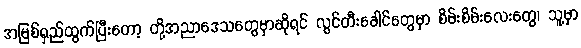
အမြစ်ရှည်ထွက်ပြီးတော့ တို့အညာဒေသတွေမှာဆိုရင် လွင်တီးခေါင်တွေမှာ စိမ်းစိမ်းလေးတွေ၊ သူ့မှာ